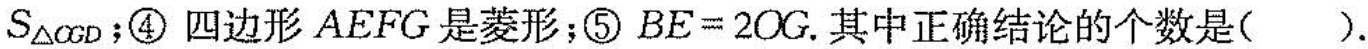
S_{\triangle CGD}﹔④四边形AEFG是菱形；⑤ $$BE=2OG$$.其中正确结论的个数是( )。